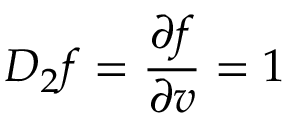
D _ { 2 } f = { \frac { \partial f } { \partial v } } = 1